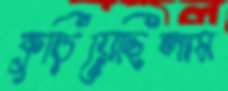
কুড়িয়েছিলাম